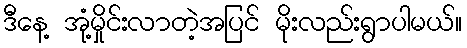
ဒီနေ့ အုံ့မှိုင်းလာတဲ့အပြင် မိုးလည်းရွာပါမယ်။